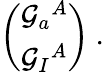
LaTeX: \left(\begin{array}{l}{{{\cal G}_{a}{}^{A}}}\\ {{{\cal G}_{I}{}^{A}}}\end{array}\right)\ .